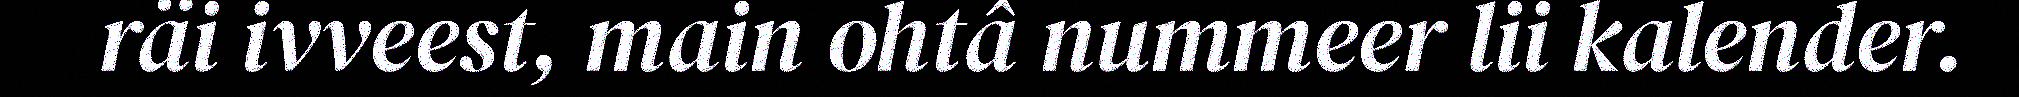
räi ivveest, main ohtâ nummeer lii kalender.